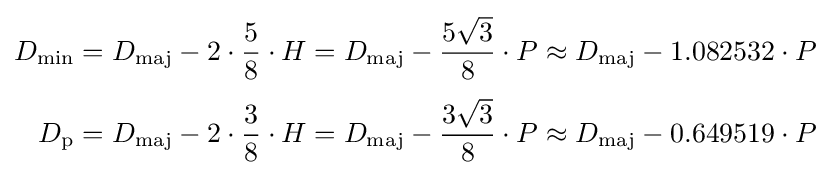
{\begin{aligned}D_{\text{min}}&=D_{\text{maj}}-2\cdot {\frac {5}{8}}\cdot H=D_{\text{maj}}-{\frac {5{\sqrt {3}}}{8}}\cdot P\approx D_{\text{maj}}-1.082532\cdot P\\[3pt]D_{\text{p}}&=D_{\text{maj}}-2\cdot {\frac {3}{8}}\cdot H=D_{\text{maj}}-{\frac {3{\sqrt {3}}}{8}}\cdot P\approx D_{\text{maj}}-0.649519\cdot P\end{aligned}}